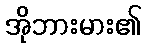
အိုဘားမား၏